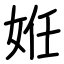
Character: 姙